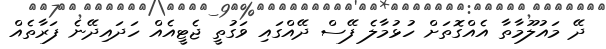
ދޭ މައުލޫމާތާ އެއްގޮތަށް ހުޅުމާލެ ފޭސް ދޭއްގައި ވަގުތީ ޖެޓީއެއް ހަދައިދޭނެ ފަރާތެއް